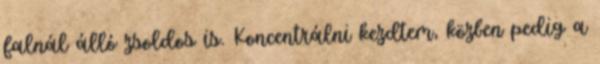
falnál álló zsoldos is. Koncentrálni kezdtem, közben pedig a